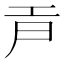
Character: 𢀞